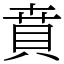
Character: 賁